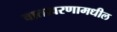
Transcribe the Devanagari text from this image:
वातावरणामधील